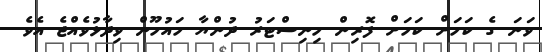
ވަނަ ގެ ކަމަށް ކަމަށް ފޮރިން މިނިސްޓަރު ދުންޔާ މައުމޫން ވިދާޅުވެއްޖެ އެވެ.